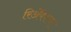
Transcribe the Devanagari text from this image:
रिॲेक्शन